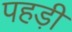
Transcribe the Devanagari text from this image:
पहड़ी